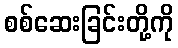
စစ်ဆေးခြင်းတို့ကို